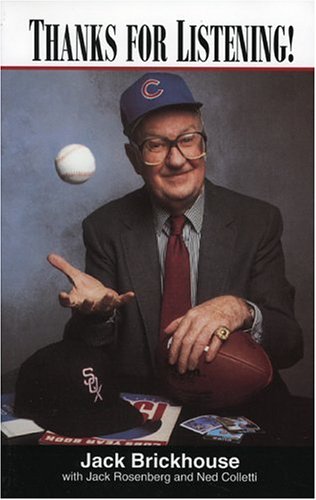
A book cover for Thanks for Listening!; Jack Brickhouse; Sports & Outdoors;